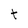
Character: t